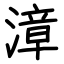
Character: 漳